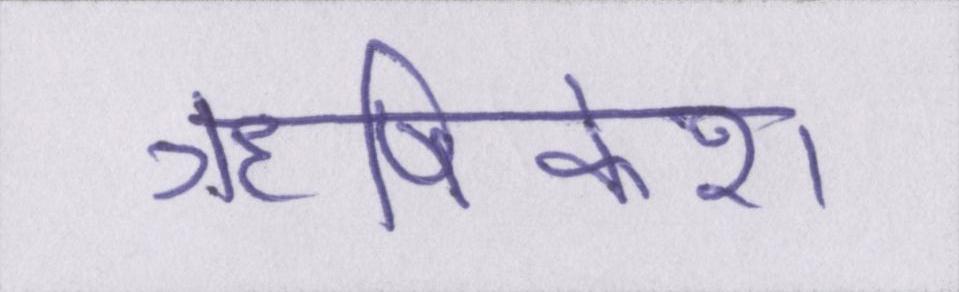
ॠषिकेश